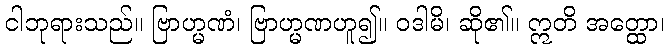
ငါဘုရားသည်။ ဗြာဟ္မဏံ၊ ဗြာဟ္မဏဟူ၍။ ဝဒါမိ၊ ဆို၏။ ဣတိ အတ္ထော၊